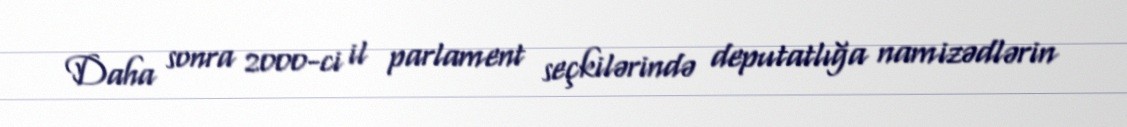
Daha sonra 2000-ci il parlament seçkilərində deputatlığa namizədlərin